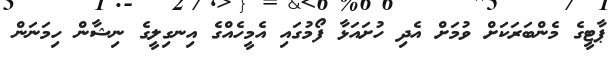
ޕާޓީގެ މެންބަރަކަށް ވުމަށް އެދި ހުށައަޅާ ފޯމުގައި އެމީހެއްގެ އިނގިލީގެ ނިޝާން ހިމަނަން